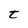
Character: t